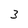
Character: 3